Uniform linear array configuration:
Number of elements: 24
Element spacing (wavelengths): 0.25
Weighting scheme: cosine
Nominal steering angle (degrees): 60
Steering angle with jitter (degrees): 61.208
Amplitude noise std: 0.05
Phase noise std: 0.05

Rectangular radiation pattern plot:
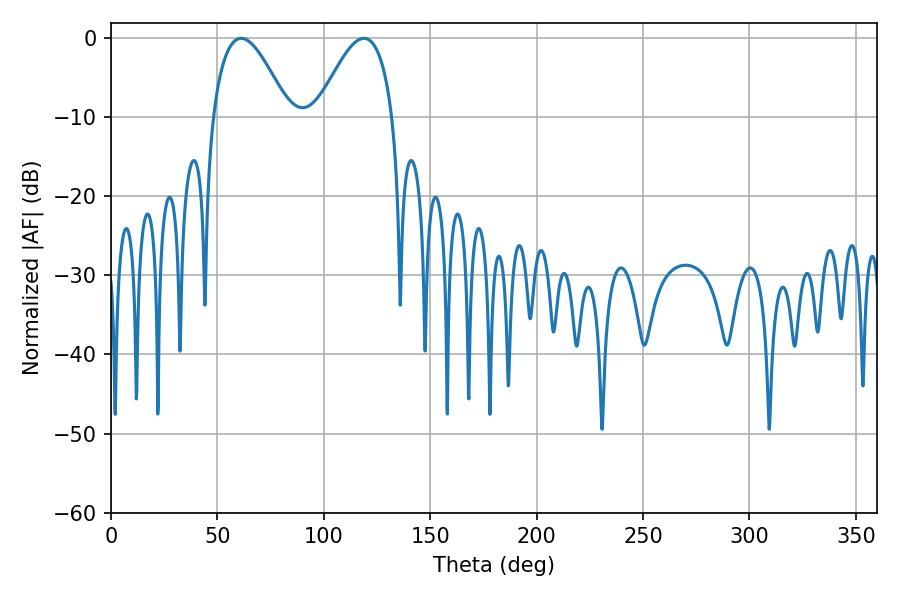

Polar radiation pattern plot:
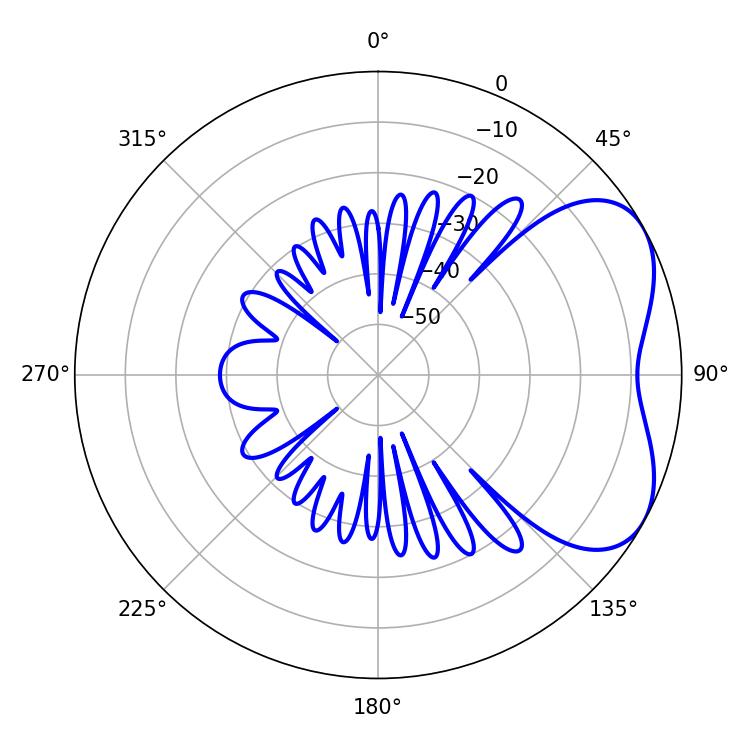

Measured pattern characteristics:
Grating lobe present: FALSE
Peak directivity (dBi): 4.728
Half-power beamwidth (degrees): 19.26
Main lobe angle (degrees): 61.2